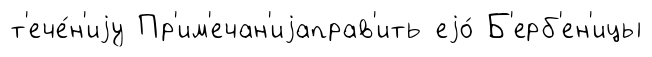
т'ече́н'иjу Пр'им'ечан'иjаправ'ить еjо́ Б'ерб'ен'ицы